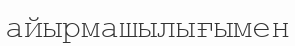
айырмашылығымен